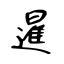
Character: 暹